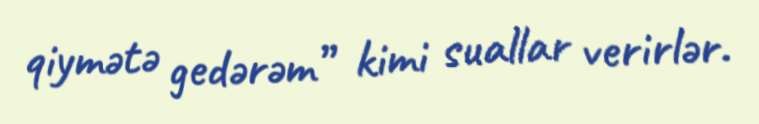
qiymətə gedərəm” kimi suallar verirlər.